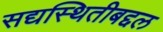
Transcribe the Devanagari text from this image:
सद्यस्थितीबद्दल